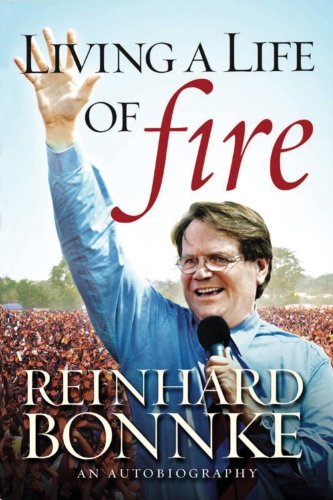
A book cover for Living a Life of Fire: An Autobiography; Reinhard Bonnke; Literature & Fiction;